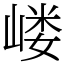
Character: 嵝